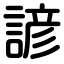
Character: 諺